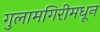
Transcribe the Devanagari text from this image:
गुलामगिरीमधून